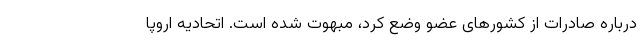
درباره صادرات از کشورهای عضو وضع کرد، مبهوت شده است. اتحادیه اروپا